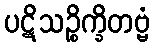
ပဋိသဉ္စိက္ခိတဗ္ဗံ